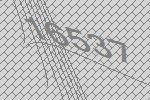
16537